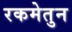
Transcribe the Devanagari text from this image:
रकमेतुन